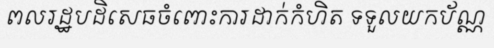
ពលរដ្ឋបដិសេធចំពោះការដាក់កំហិត ទទួលយកប័ណ្ណ